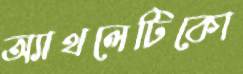
অ্যাথলেটিকো